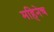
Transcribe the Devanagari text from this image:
महिनेच